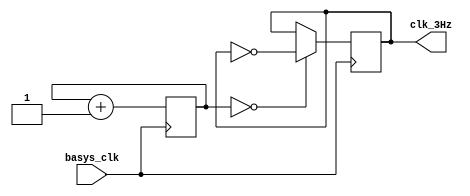
`timescale 1ns / 1ps
//////////////////////////////////////////////////////////////////////////////////
// Company: 
// Engineer: 
// 
// Design Name: 
// Module Name: clk_3hz
// Project Name: 
// Target Devices: 
// Tool Versions: 
// Description: 
// 
// Dependencies: 
// 
// Revision:
// Revision 0.01 - File Created
// Additional Comments:
// 
//////////////////////////////////////////////////////////////////////////////////


module clk_3hz(
    input basys_clk,
    output reg clk_3Hz
    );
    
    reg [23:0] count = 0;
    
    always @ (posedge basys_clk)
    begin
        count <= count + 1;
        clk_3Hz <= (count == 0) ? ~clk_3Hz : clk_3Hz;
    end
endmodule